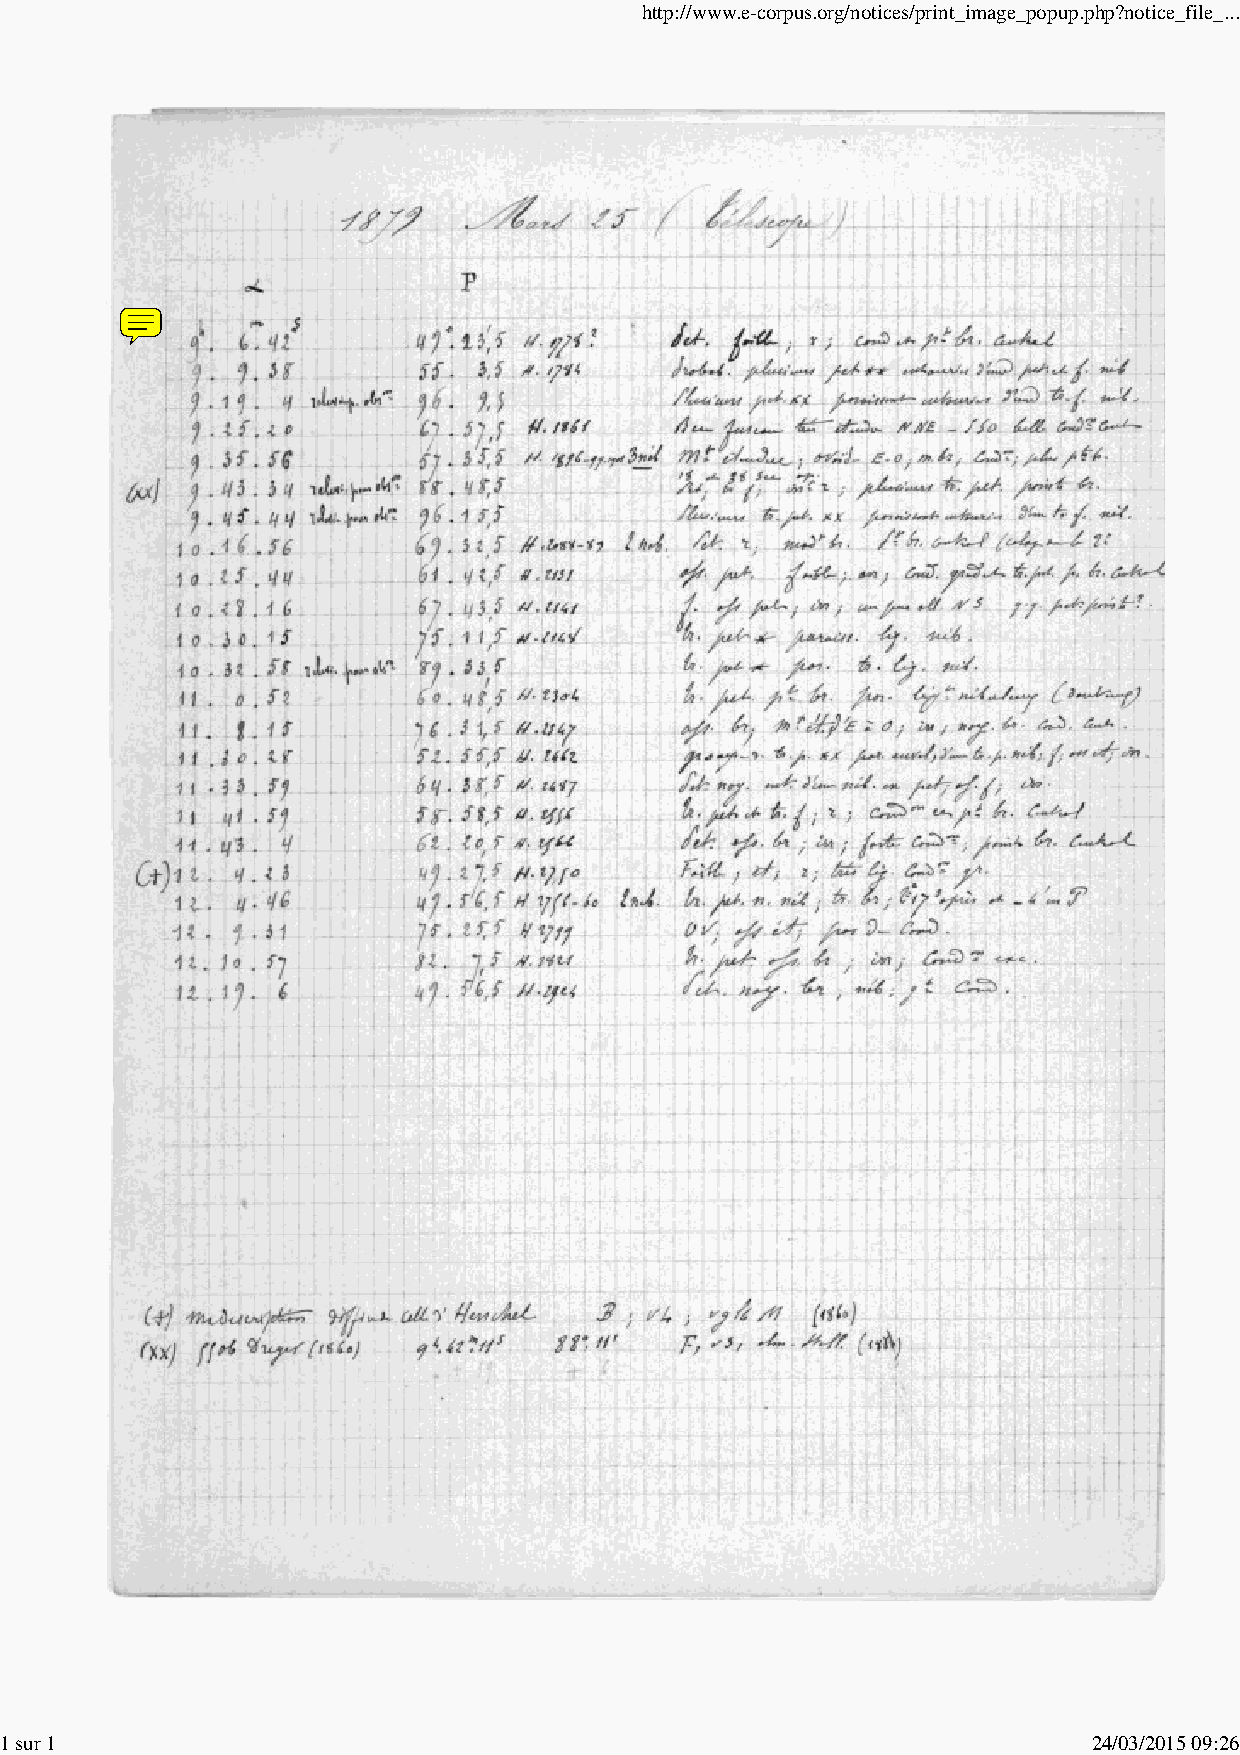
http://www.e-corpus.org/notices/print_image_popup.php?notice_file_...
 1 sur 1                                                                 24/03/2015 09:26